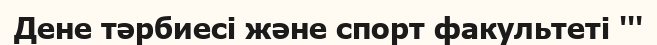
Дене тәрбиесі және спорт факультеті '''